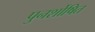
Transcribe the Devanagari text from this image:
पुनर्शोषित